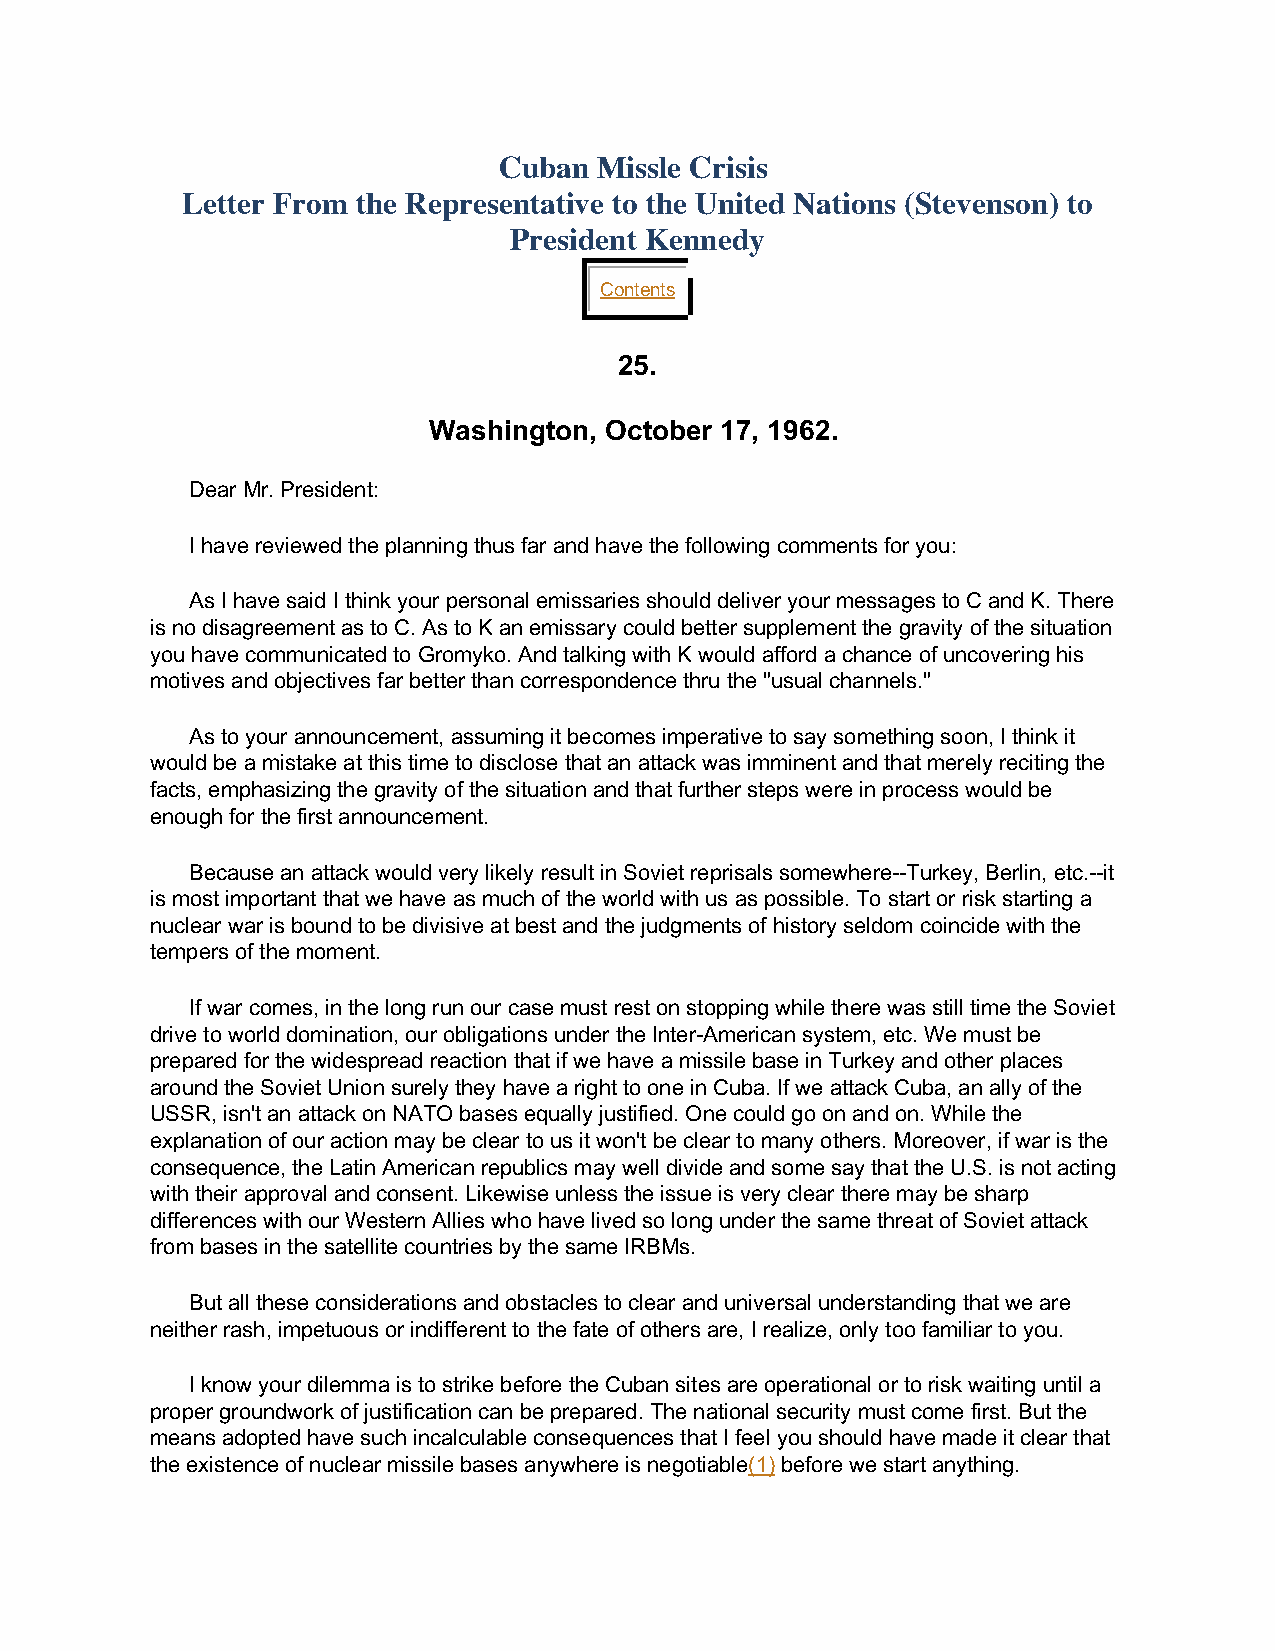
Cuban  Missle Crisis
 Letter From the Representative to the United Nations (Stevenson) to
 President Kennedy
 Contents
 25.
 Washington, October 17, 1962.
 Dear Mr. President:
 I have reviewed the planning thus far and have the following comments for you:
 As I have said I think your personal emissaries should deliver your messages to C and K. There
 is no disagreement as to C. As to K an emissary could better supplement the gravity of the situation
 you have communicated to Gromyko. And talking with K would afford a chance of uncovering his
 motives and objectives far better than correspondence thru the "usual channels."
 As to your announcement, assuming it becomes imperative to say something soon, I think it
 would be a mistake at this time to disclose that an attack was imminent and that merely reciting the
 facts, emphasizing the gravity of the situation and that further steps were in process would be
 enough for the first announcement.
 Because an attack would very likely result in Soviet reprisals somewhere--Turkey, Berlin, etc.--it
 is most important that we have as much of the world with us as possible. To start or risk starting a
 nuclear war is bound to be divisive at best and the judgments of history seldom coincide with the
 tempers of the moment.
 If war comes, in the long run our case must rest on stopping while there was still time the Soviet
 drive to world domination, our obligations under the Inter-American system, etc. We must be
 prepared for the widespread reaction that if we have a missile base in Turkey and other places
 around the Soviet Union surely they have a right to one in Cuba. If we attack Cuba, an ally of the
 USSR, isn't an attack on NATO bases equally justified. One could go on and on. While the
 explanation of our action may be clear to us it won't be clear to many others. Moreover, if war is the
 consequence, the Latin American republics may well divide and some say that the U.S. is not acting
 with their approval and consent. Likewise unless the issue is very clear there may be sharp
 differences with our Western Allies who have lived so long under the same threat of Soviet attack
 from bases in the satellite countries by the same IRBMs.
 But all these considerations and obstacles to clear and universal understanding that we are
 neither rash, impetuous or indifferent to the fate of others are, I realize, only too familiar to you.
 I know your dilemma is to strike before the Cuban sites are operational or to risk waiting until a
 proper groundwork of justification can be prepared. The national security must come first. But the
 means adopted have such incalculable consequences that I feel you should have made it clear that
 the existence of nuclear missile bases anywhere is negotiable(1) before we start anything.